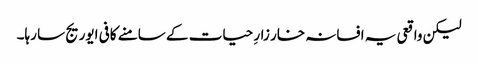
لیکن واقعی یہ افسانہ خار زارِ حیات کے سامنے کافی ایوریج سا رہا۔